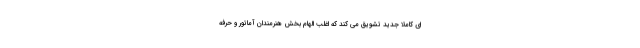
ای کاملا جدید تشویق می کند که اغلب الهام بخش هنرمندان آماتور و حرفه